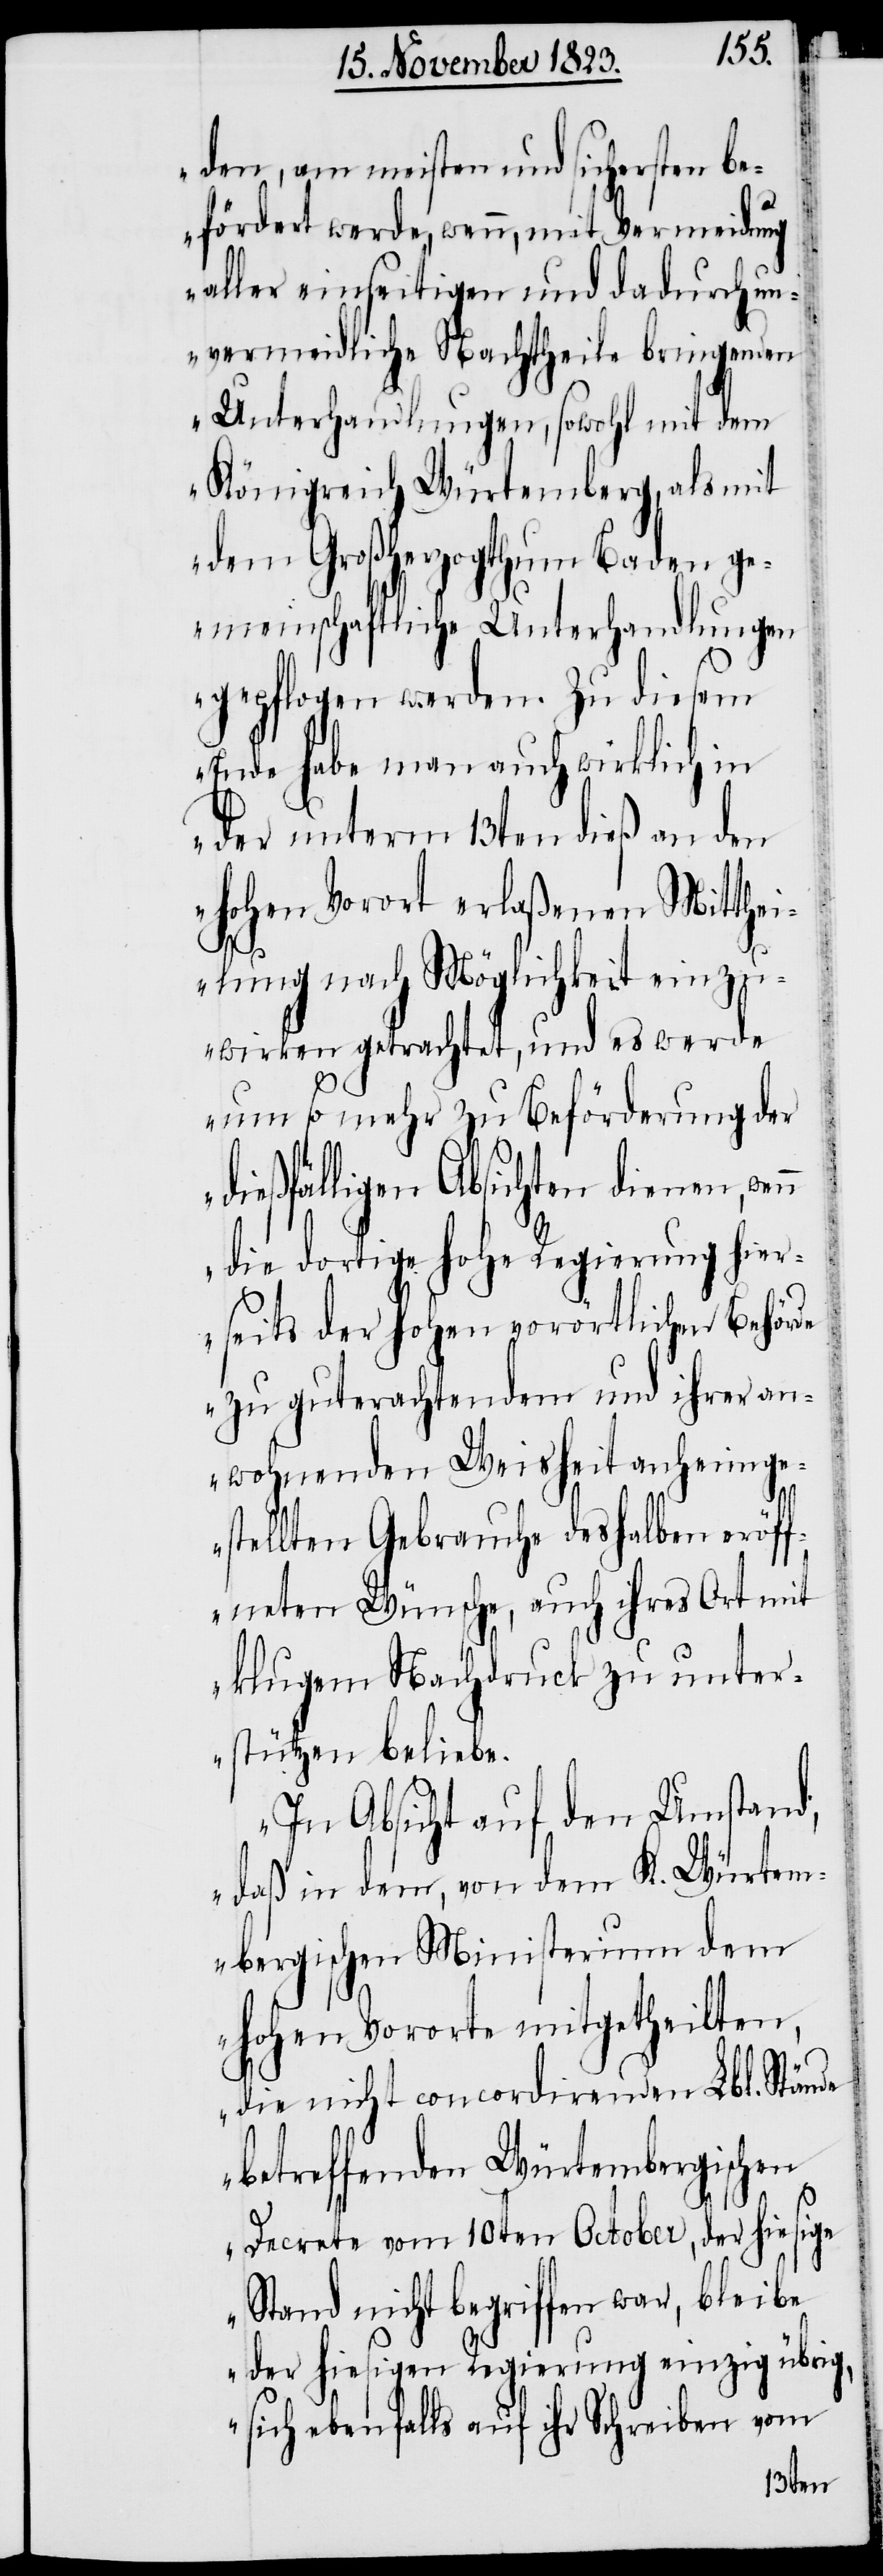
den, am meisten und sichersten be¬
fördert werde, wenn, mit Vermeidung
aller einseitigen und dadurch un¬
vermeidliche Nachtheile bringenden
Unterhandlungen, sowohl mit dem
Königreich Würtemberg, als mit
dem Großherzogthum Baden ge¬
meinschaftliche Unterhandlungen
gepflogen werden. Zu diesem
Ende habe man auch wirklich in
der unterm 13ten dieß an den
hohen Vorort erlaßenen Mitthei¬
lung nach Möglichkeit einzu¬
wirken getrachtet, und es werde
um so mehr zu Beförderung der
dießfälligen Absichten dienen, wen¬
n die dortige hohe Regierung hier¬
seits der hohen vorörtlichen Behörde
zu guterachtendem und ihrer an¬
wohnenden Weisheit anheimge¬
stellten Gebrauche deshalben eröf¬
fneten Wünsche, auch ihres Orts mit
klugem Nachdruck zu unter¬
stützen beliebe.
In Absicht auf den Umstand,
daß in dem, von dem K. Würtem¬
bergischen Ministerium dem
hohen Vororte mitgetheilten,
die nicht concordirenden Lbl. Stände
betreffenden Würtembergischen
Decrete vom 10ten October, der hiesige
Stand nicht begriffen war, bleibe
der hiesigen Regierung einzig übrig,
sich ebenfalls auf ihr Schreiben vom